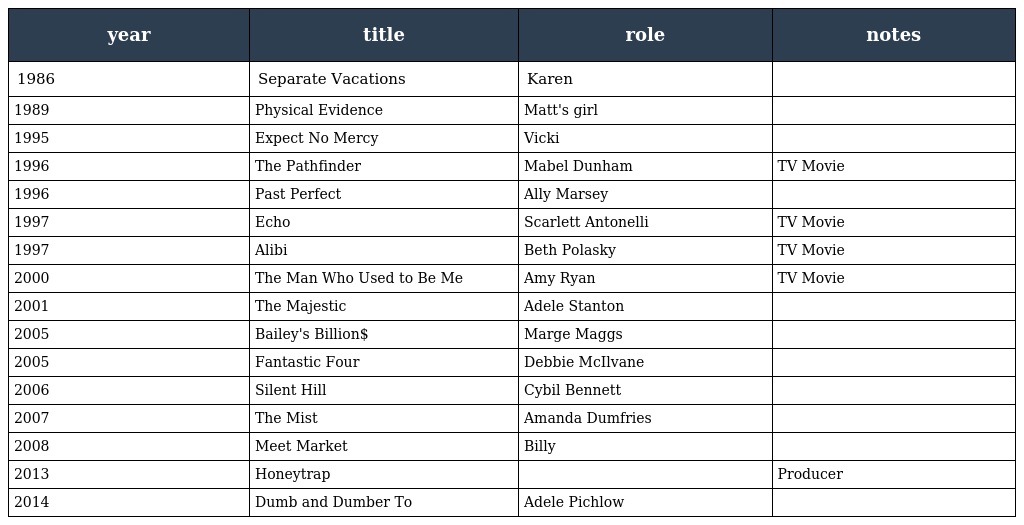
| year | title | role | notes |
 | --- | --- | --- | --- |
 | 1986 | Separate Vacations | Karen |  |
 | 1989 | Physical Evidence | Matt's girl |  |
 | 1995 | Expect No Mercy | Vicki |  |
 | 1996 | The Pathfinder | Mabel Dunham | TV Movie |
 | 1996 | Past Perfect | Ally Marsey |  |
 | 1997 | Echo | Scarlett Antonelli | TV Movie |
 | 1997 | Alibi | Beth Polasky | TV Movie |
 | 2000 | The Man Who Used to Be Me | Amy Ryan | TV Movie |
 | 2001 | The Majestic | Adele Stanton |  |
 | 2005 | Bailey's Billion$ | Marge Maggs |  |
 | 2005 | Fantastic Four | Debbie McIlvane |  |
 | 2006 | Silent Hill | Cybil Bennett |  |
 | 2007 | The Mist | Amanda Dumfries |  |
 | 2008 | Meet Market | Billy |  |
 | 2013 | Honeytrap |  | Producer |
 | 2014 | Dumb and Dumber To | Adele Pichlow |  |